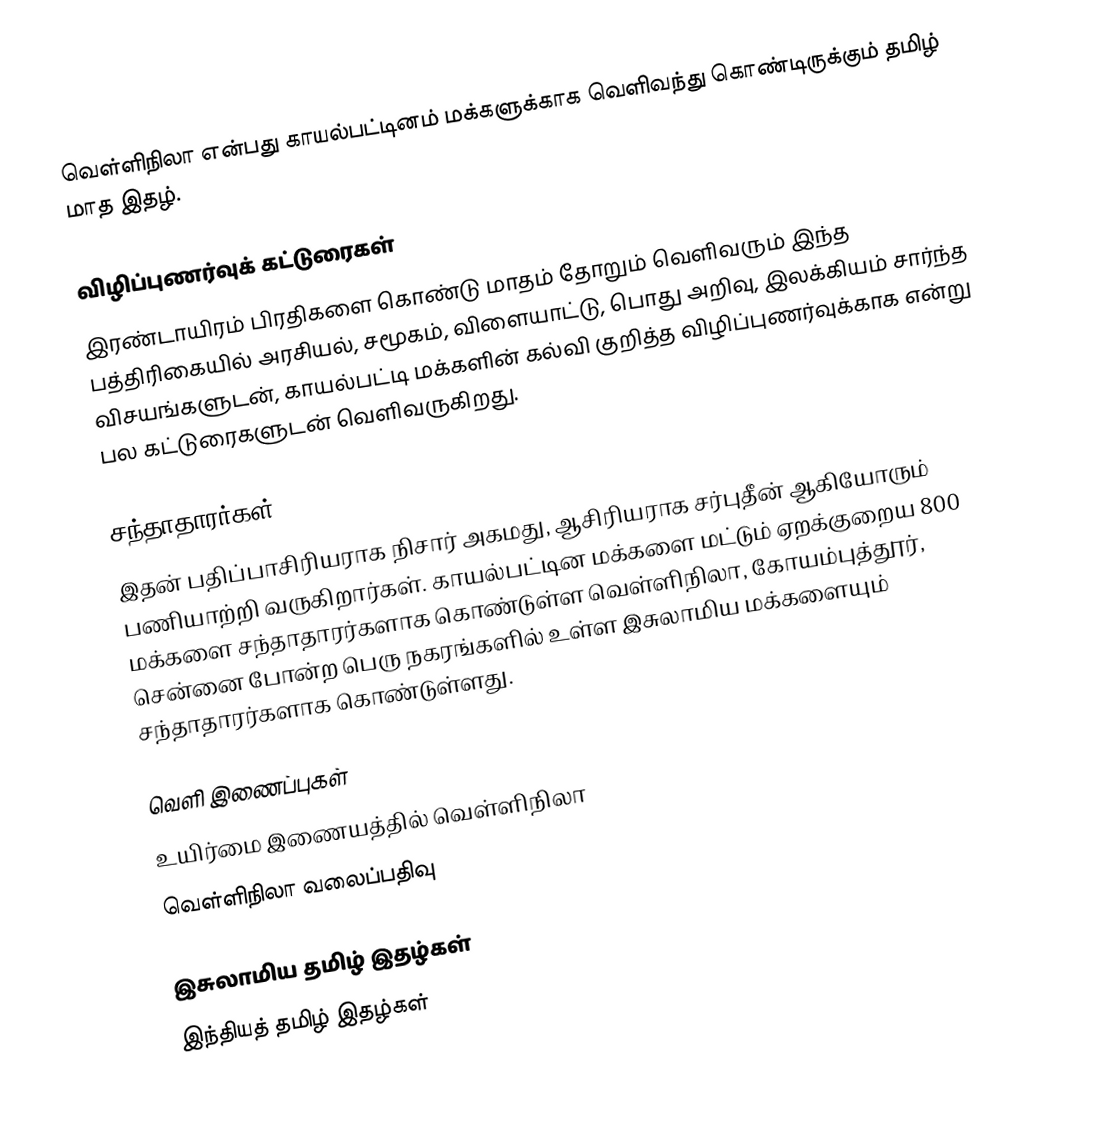
வெள்ளிநிலா என்பது காயல்பட்டினம் மக்களுக்காக வெளிவந்து கொண்டிருக்கும் தமிழ் மாத இதழ்.

விழிப்புணர்வுக் கட்டுரைகள்
இரண்டாயிரம் பிரதிகளை கொண்டு மாதம் தோறும் வெளிவரும் இந்த பத்திரிகையில் அரசியல், சமூகம், விளையாட்டு, பொது அறிவு, இலக்கியம் சார்ந்த விசயங்களுடன், காயல்பட்டி மக்களின் கல்வி குறித்த விழிப்புணர்வுக்காக என்று பல கட்டுரைகளுடன் வெளிவருகிறது.

சந்தாதாரர்கள்
இதன் பதிப்பாசிரியராக நிசார் அகமது, ஆசிரியராக சர்புதீன் ஆகியோரும் பணியாற்றி வருகிறார்கள். காயல்பட்டின மக்களை மட்டும் ஏறக்குறைய 800 மக்களை சந்தாதாரர்களாக கொண்டுள்ள வெள்ளிநிலா, கோயம்புத்தூர், சென்னை போன்ற பெரு நகரங்களில் உள்ள இசுலாமிய மக்களையும் சந்தாதாரர்களாக கொண்டுள்ளது.

வெளி இணைப்புகள்
 உயிர்மை இணையத்தில் வெள்ளிநிலா
 வெள்ளிநிலா வலைப்பதிவு

இசுலாமிய தமிழ் இதழ்கள்
இந்தியத் தமிழ் இதழ்கள்